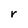
Character: r